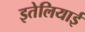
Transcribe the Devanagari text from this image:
इतेलियाई